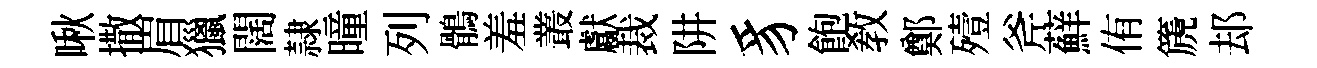
啾撒眉獵闊隷曈列鶻羞叢獻裁阱豸飽敎鄭殪斧蘚侑篪𨚫